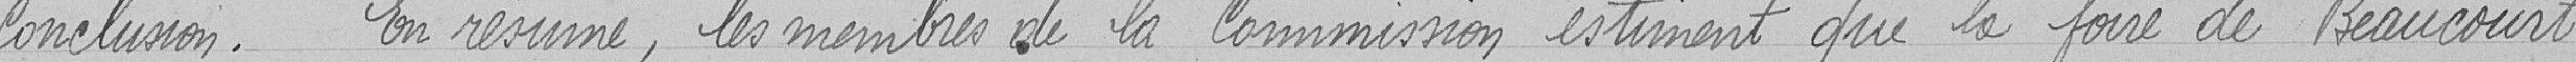
Conclusion. En résumé, les membres de la Commission estiment que la foire de Beaucourt